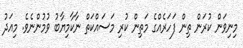
މިނިވަން ކުރަން ތިން ފަހަރެއްގެ މަތިން ކުރި މަސައްކަތް ނާކާމިޔާބު ވުމުންނެވެ. މިއަދު